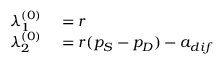
\begin{array} { r l } { \lambda _ { 1 } ^ { ( 0 ) } } & { { } = r } \\ { \lambda _ { 2 } ^ { ( 0 ) } } & { { } = r ( p _ { S } - p _ { D } ) - a _ { d i f } } \end{array}